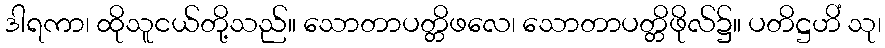
ဒါရကာ၊ ထိုသူငယ်တို့သည်။ သောတာပတ္တိဖလေ၊ သောတာပတ္တိဖိုလ်၌။ ပတိဋ္ဌဟိံ သု၊